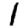
Digit: 1